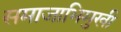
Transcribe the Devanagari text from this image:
समाजाभिमुखी